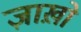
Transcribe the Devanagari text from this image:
ज़ाख़ो